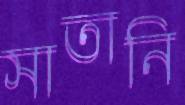
সাতানি